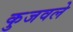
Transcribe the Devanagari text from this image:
कुजवले